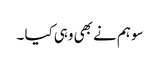
سو ہم نے بھی وہی کیا ۔